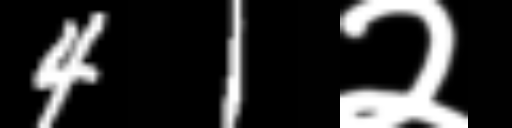
Text: 41२